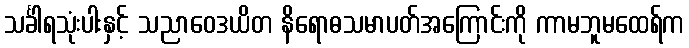
သင်္ခါရသုံးပါးနှင့် သညာဝေဒယိတ နိရောဓသမာပတ်အကြောင်းကို ကာမဘူမထေရ်က